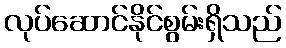
လုပ်ဆောင်နိုင်စွမ်းရှိသည်